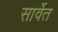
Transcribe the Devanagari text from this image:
सार्वेत